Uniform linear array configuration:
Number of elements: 16
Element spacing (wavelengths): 1
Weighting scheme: kaiser
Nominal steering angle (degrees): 30
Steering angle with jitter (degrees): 29.949
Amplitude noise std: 0.05
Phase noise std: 0.05

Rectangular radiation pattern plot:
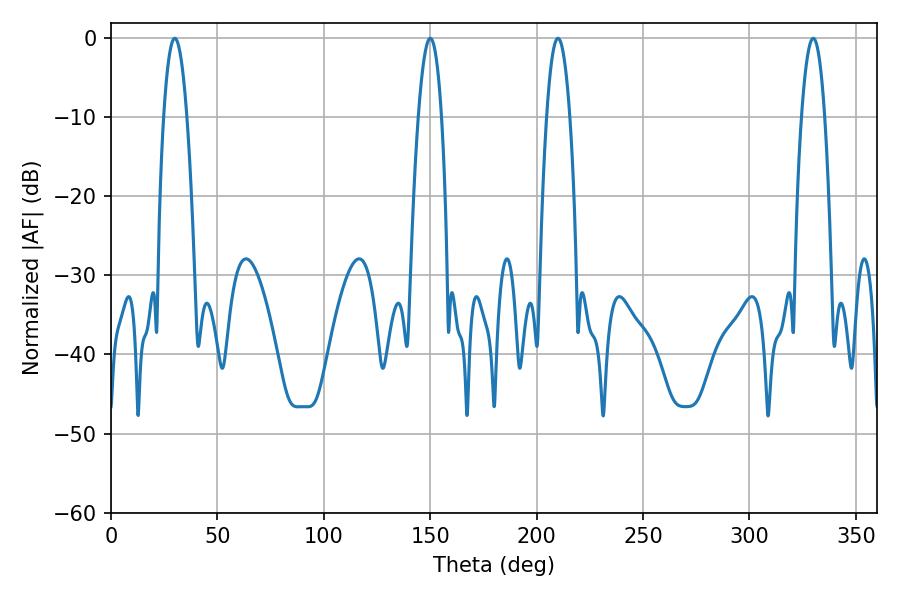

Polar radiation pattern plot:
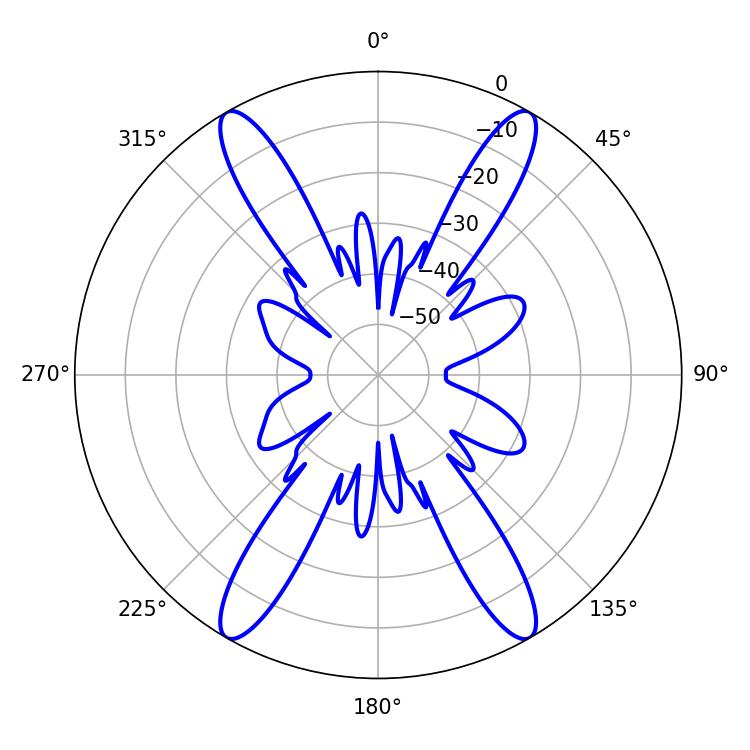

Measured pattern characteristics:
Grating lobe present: TRUE
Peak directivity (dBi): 35.8
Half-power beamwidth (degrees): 6.12
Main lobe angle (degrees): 210.06